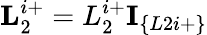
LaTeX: \textbf{L}_{2}^{i+}=L_{2}^{i+}\textbf{I}_{\{ L2i+\} }